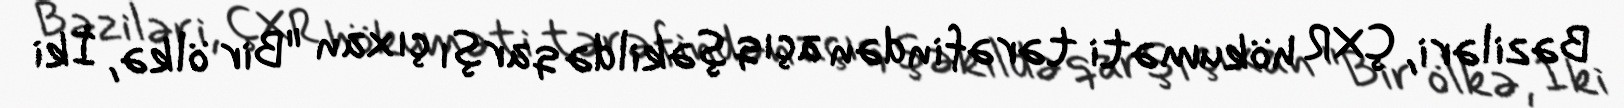
Bəziləri, ÇXR hökuməti tərəfindən açıq şəkildə qarşı çıxan "Bir ölkə, İki